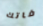
فاتك